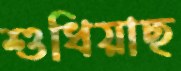
শুধিয়াছ